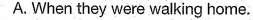
A. When they were walking home.